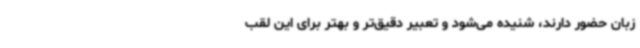
زبان حضور دارند، شنیده می‌شود و تعبیر دقیق‌تر و بهتر برای این لقب